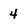
Character: 4